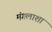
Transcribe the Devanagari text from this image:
मंगलाशा